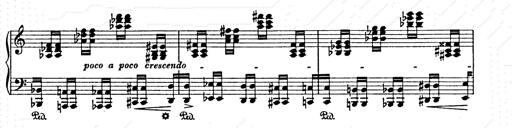
Title: AnnÃ©es de pÃ¨lerinage II
Composer: Franz Liszt